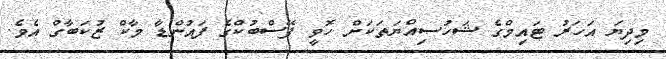
މިދިޔަ އަހަރު ޓައިމްގެ ޝަހުސިއްޔަތަކަށް ހޮވީ ފޭސްބުކްގެ ފައުންޑާ މާކް ޒުކަބާގް އެވެ.